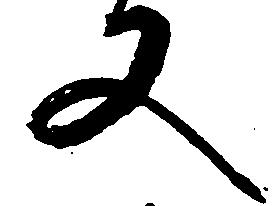
又